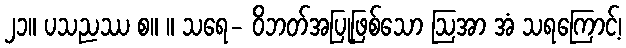
၂၁။ ပသညဿ စ။ ။ သရေ- ဝိဘတ်အပြုဖြစ်သော ဩအာ အံ သရကြောင့်၊